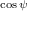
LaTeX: \scriptstyle { \cos \psi }